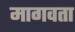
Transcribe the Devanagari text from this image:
मागवता